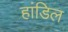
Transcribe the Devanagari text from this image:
हांडिल